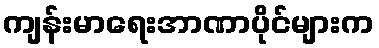
ကျန်းမာရေးအာဏာပိုင်များက